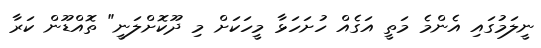
ނީލަމުގައި އެންމެ މަތީ އަގެއް ހުށަހަޅާ މީހަކަށް މި ދޫކޮށްލަނީ" ތޮއްޑޫން ކަރާ